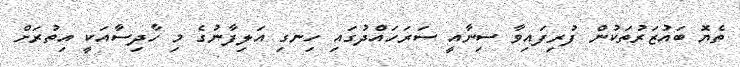
ތެޔޮ ބައުޒަރުތަކުން ފުރިފައިވާ ސިނާއީ ސަރަހައްދުގައި ހިނގި އަލިފާނުގެ މި ހާދިސާއަކީ އިތުރަށް